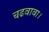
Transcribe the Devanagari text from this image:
चढवावा।